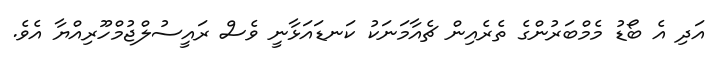
އަދި އެ ބޯޑު މެމްބަރުންގެ ތެރެއިން ޗެއާމަނަކު ކަނޑައަޅާނީ ވެސް ރައީސުލްޖުމްހޫރިއްޔާ އެވެ.